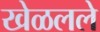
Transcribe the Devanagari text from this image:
खेळलले